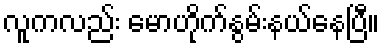
လူကလည်း မောဟိုက်နွမ်းနယ်နေပြီ။